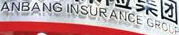
ANBANG INSURANCE GROUP